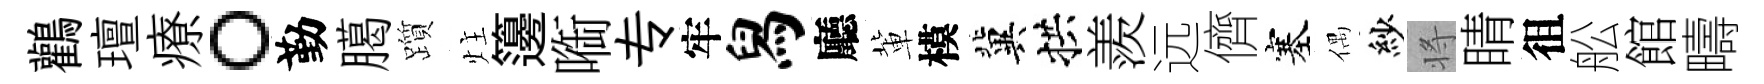
鸛璮療。勤臈躓炷籩㗸专牢舄廳軰模冀拱羨远儕塞偶紗将睛徂舩館疇